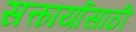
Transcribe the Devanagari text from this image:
सत्कार्यासाठी